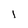
Character: l